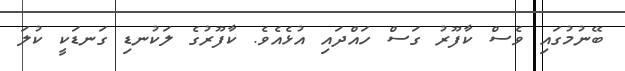
ބޭނުމުގައި ވެސް ކާފޫރު ގަސް ހައްދައި އުޅެއެވެ. ކާފޫރުގެ ލަކުނޑި ގަނޑަކީ ކުލަ